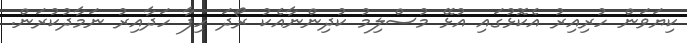
ކިޔަވަން ހުރިއިރު އެކޮޅުގައި އުޅޭ މުސްލިމު ކުދިންނާއެކު ރޯދަ ހިފާ ހަދާއިރު ނަމާދުކުރަން.